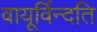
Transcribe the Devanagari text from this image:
वायूर्विन्दति